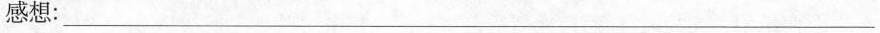
感想：___